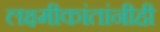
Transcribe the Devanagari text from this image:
लक्ष्मीकांतांनीही